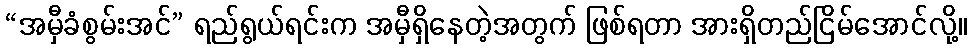
“အမှီခံစွမ်းအင်” ရည်ရွယ်ရင်းက အမှီရှိနေတဲ့အတွက် ဖြစ်ရတာ အားရှိတည်ငြိမ်အောင်လို့။